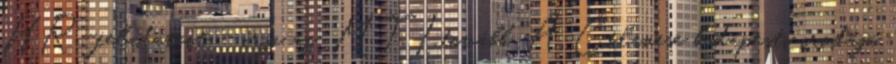
HR-feladatait - írja az MTI.tovább. A Celanese budapesti irodája